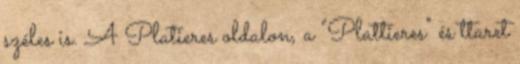
széles is. A Platieres oldalon, a "Plattieres" és ttaret